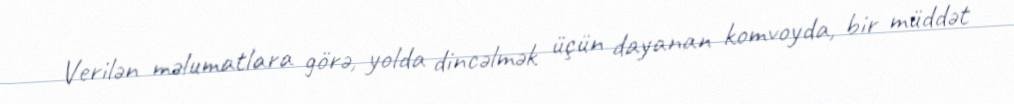
Verilən məlumatlara görə, yolda dincəlmək üçün dayanan komvoyda, bir müddət